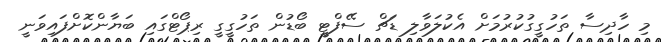
މި ހާދިސާ ތަހުގީގުކުރުމަށް އެކުލަވާލި ޑަޗް ސޭފްޓީ ބޯޑުން ތަހުގީގީ ރިޕޯޓްގައި ބަޔާންކޮށްފައިވަނީ